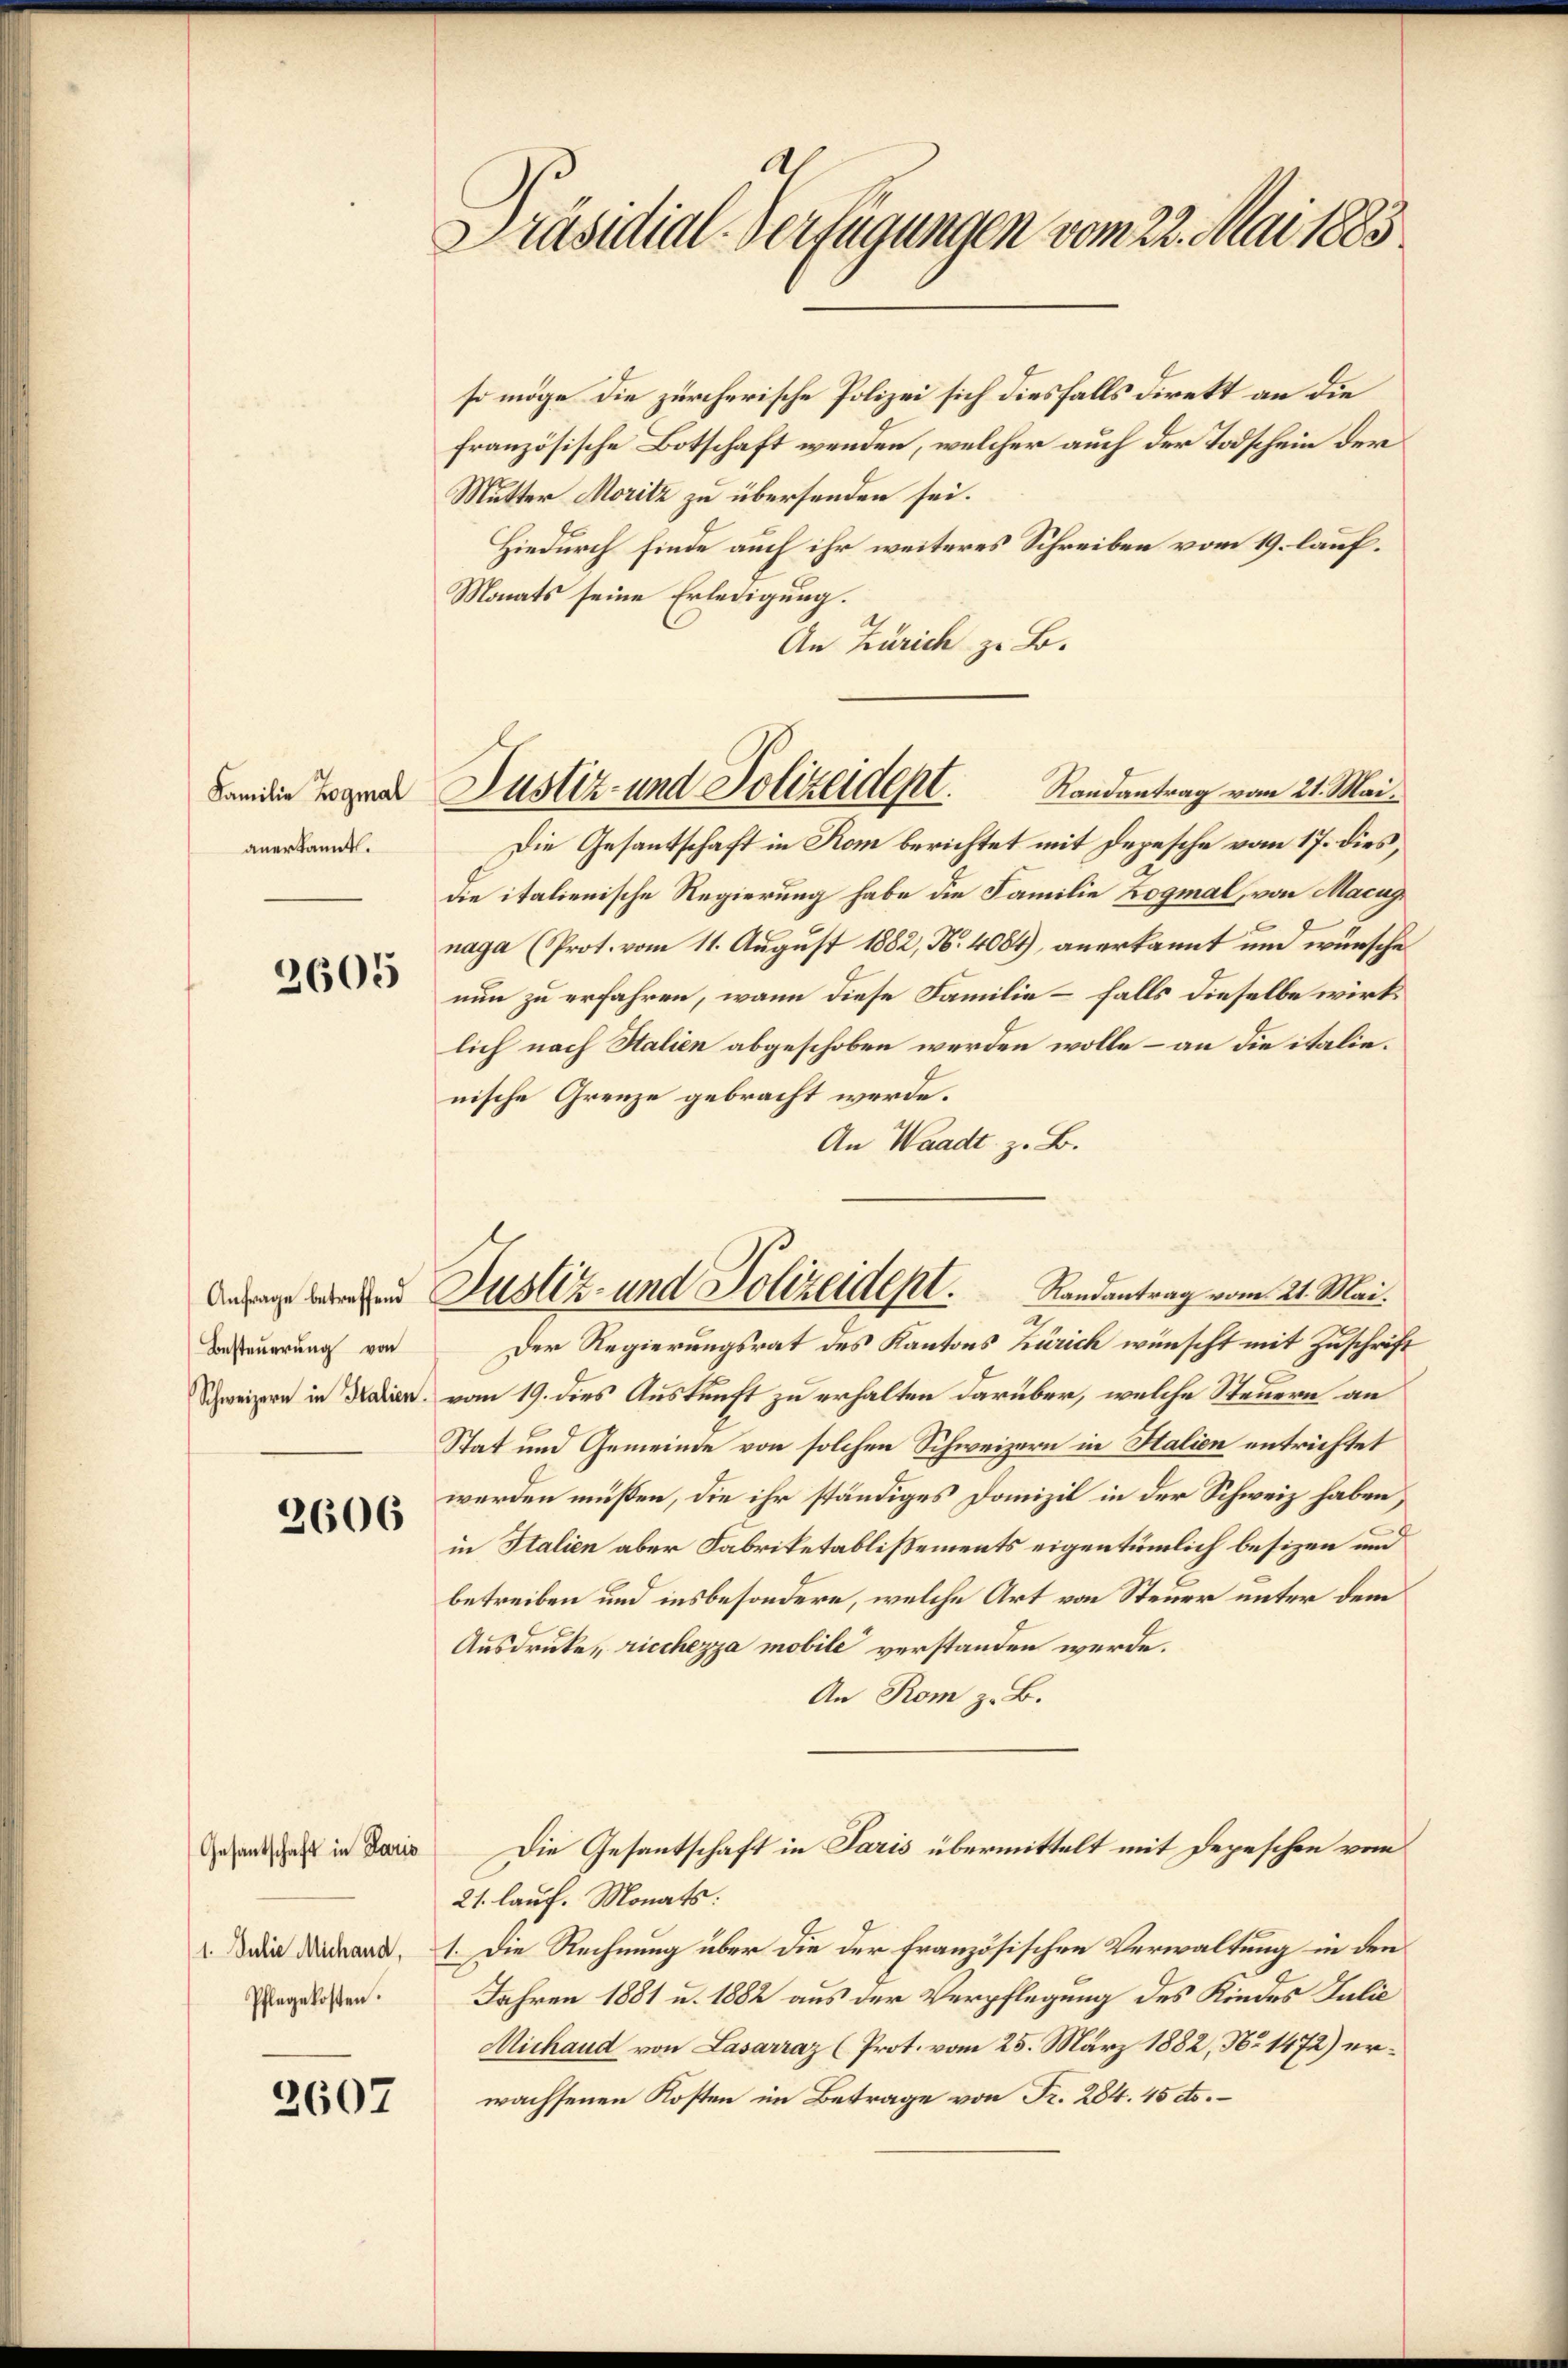
anerkannt.

2605

Anfrage betreffend
Besteuerung von

2606

Gesantschaft in Paris
Pflegekosten.

2607

2
Präsidial-Verfügungen vom 22. Mai 1883

so möge die zürcherische Polizei sich diesfalls direkt an die
französische Botschaft wenden, welcher auch der Todschein der
Mutter Moritz zu übersenden sei.
Hiedurch finde auch ihr weiteres Schreiben vom 19. lauf.
Monats seine Erledigung.
An Zürich z. B.
Die Gesantschaft in Kom berichtet mit Depesche vom 17. dies,
die italienische Regierung habe die Familie Zogmal, von Macus
naga (Prot. vom 11. August 1882, N. 4084), anerkannt und wünsche
nun zu erfahren, wann diese Familie – falls dieselbe wirklich nach Stalien abgeschoben werden wolle – an die italienische Grenze gebracht werde.
An Waadt z. B.
Justiz- und Polizeidept. Randantrag vom 21. Mai.
Der Regierungsrat des Kantons Zürich wünscht mit Zuschrift
Schweizern in die vom 19. dies Auskunft zu erhalten darüber, welche Steuern an
Stat und Gemeinde von solchen Schweizern in Salien entrichtet
werden müßen, die ihr ständiges Domizil in der Schweiz haben,
in Italien aber Fabriketablissements eigentümlich besizen und
betreiben und insbesondere, welche Art von Steuer unter dem
Ausdrucke ricchezza mobile verstanden werde.
An Rom z. B.
Die Gesantschaft in Paris übermittelt mit Depeschen vom
21. lauf. Monats:
. Die Brand, 1. Die Rechnung über die der französischen Verwaltung in den
Jahren 1881 u. 1882 aus der Verpflegung des Kindes Julie
Michaud von Lasarraz (Prot. vom 25. März 1882, No 1472) erwachsenen Kosten im Betrage von Fr. 284. 45 cts.

Bam die Logener Justiz- und Polizeident. Randantrag vom 21. Mai.